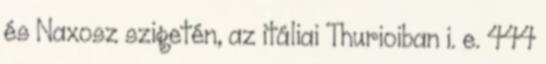
és Naxosz szigetén, az itáliai Thurioiban i. e. 444